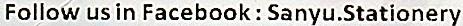
FOLLOW US IN FACEBOOK : SANYU.STATIONERY